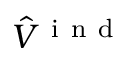
\hat { V } ^ { \mathrm { ~ i ~ n ~ d ~ } }